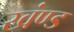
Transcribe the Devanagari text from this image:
खंण्ड